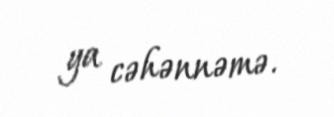
ya cəhənnəmə.